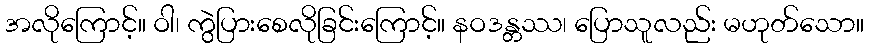
အလိုကြောင့်။ ဝါ၊ ကွဲပြားစေလိုခြင်းကြောင့်။ နဝဒန္တဿ၊ ပြောသူလည်း မဟုတ်သော။